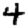
Digit: 4